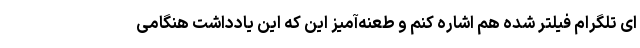
ای تلگرام فیلتر شده هم اشاره کنم و طعنه‌آمیز این که این یادداشت هنگامی